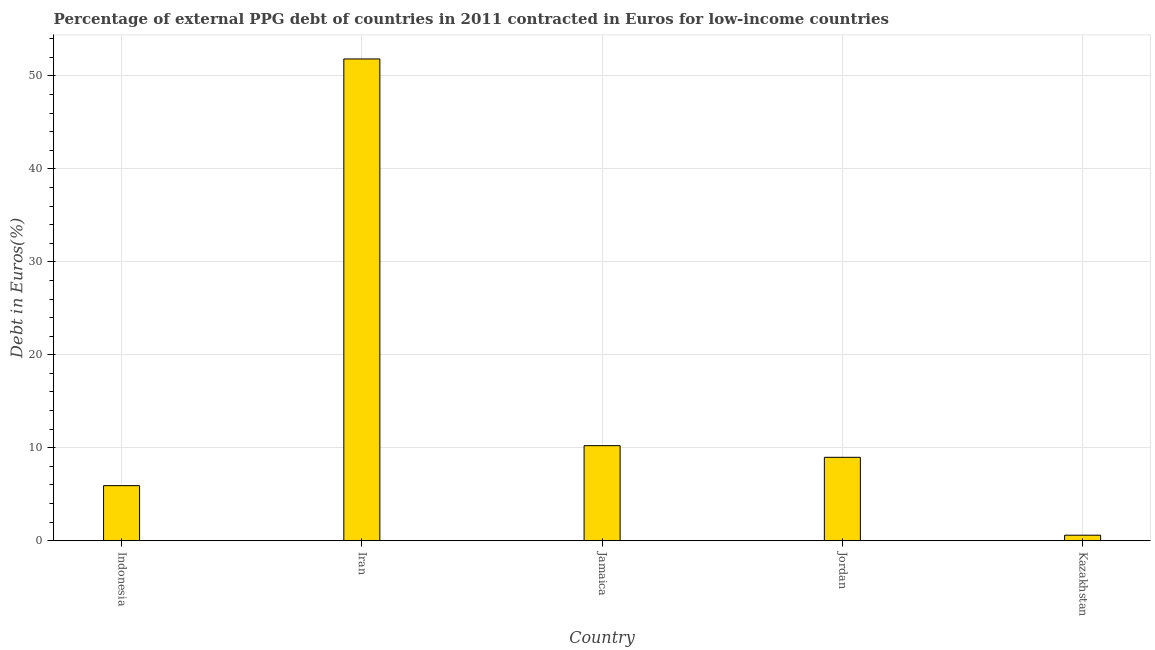
| Country | Currency composition of PPG debt |
 | --- | --- |
 | Indonesia | 5.92 |
 | Iran | 51.8 |
 | Jamaica | 10.2 |
 | Jordan | 8.97 |
 | Kazakhstan | 0.594 |